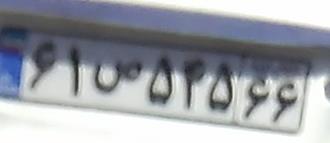
۶۱ص۵۴۵۶۶